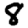
Digit: 8